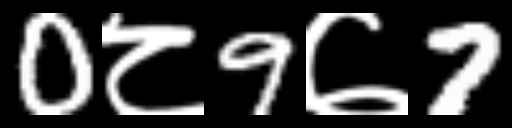
Text: 0८9७7